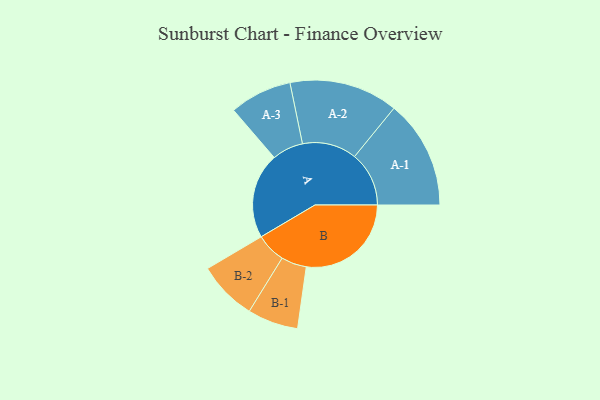
{"axis": {"x": "Segment", "y": "Value"}, "legend": ["", "A", "B"], "data": [{"x": "A", "y": 401, "type": ""}, {"x": "B", "y": 492, "type": ""}, {"x": "A-1", "y": 255, "type": "A"}, {"x": "A-2", "y": 255, "type": "A"}, {"x": "A-3", "y": 146, "type": "A"}, {"x": "B-1", "y": 119, "type": "B"}, {"x": "B-2", "y": 139, "type": "B"}]}